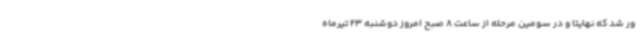
ور شد که نهایتا و در سومین مرحله از ساعت 8 صبح امروز دوشنبه 23 تیرماه